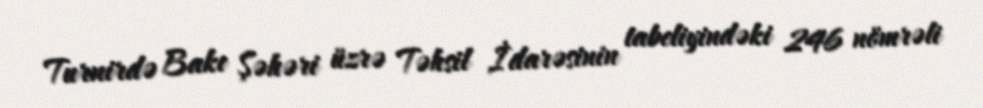
Turnirdə Bakı Şəhəri üzrə Təhsil İdarəsinin tabeliyindəki 246 nömrəli